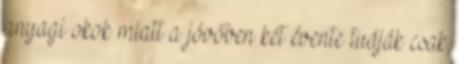
anyagi okok miatt a jövőben két évente tudják csak